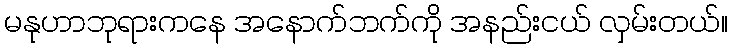
မနုဟာဘုရားကနေ အနောက်ဘက်ကို အနည်းငယ် လှမ်းတယ်။